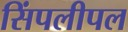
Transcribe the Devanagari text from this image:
सिंपलीपल